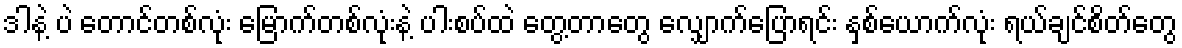
ဒါနဲ့ ပဲ တောင်တစ်လုံး မြောက်တစ်လုံးနဲ့ ပါးစပ်ထဲ တွေ့တာတွေ လျှောက်ပြောရင်း နှစ်ယောက်လုံး ရယ်ချင်စိတ်တွေ